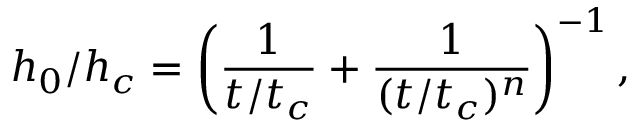
h _ { 0 } / h _ { c } = \left( \frac { 1 } { t / t _ { c } } + \frac { 1 } { ( t / t _ { c } ) ^ { n } } \right) ^ { - 1 } ,